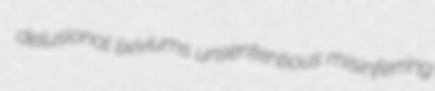
delusional lixiviums unsententious misinferring